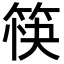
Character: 筷